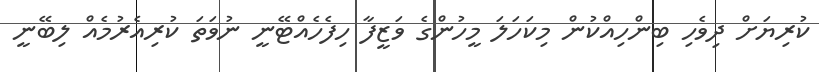
ކުރިޔަށް ދިވެހި ބިންހިއްކުން މިކަހަލަ މީހުންގެ ވަޒީފާ ހިފެހެއްޓޭނީ ނުވަތަ ކުރިއެރުމެއް ލިބޭނީ